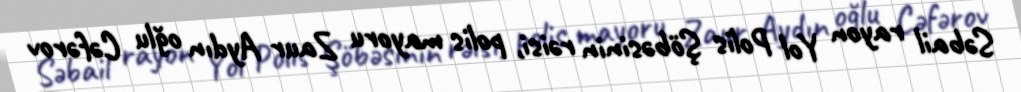
Səbail rayon Yol Polis Şöbəsinin rəisi, polis mayoru Zaur Aydın oğlu Cəfərov